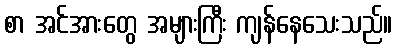
စာ အင်အားတွေ အများကြီး ကျန်နေသေးသည်။